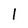
Character: l